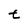
Character: t